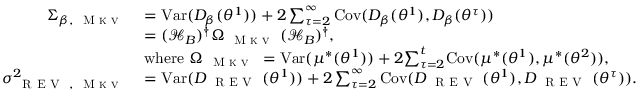
\begin{array} { r l } { \Sigma _ { \beta , { \small \textsc { { M k v } } } } } & { = { \operatorname { V a r } } ( D _ { \beta } ( \theta ^ { 1 } ) ) + 2 \sum _ { \tau = 2 } ^ { \infty } { \operatorname { C o v } } ( D _ { \beta } ( \theta ^ { 1 } ) , D _ { \beta } ( \theta ^ { \tau } ) ) } \\ & { = ( { \mathcal { H } } _ { B } ) ^ { \dagger } \Omega _ { { \small \textsc { { M k v } } } } ( { \mathcal { H } } _ { B } ) ^ { \dagger } , } \\ & { \mathrm { w h e r e ~ } \Omega _ { { \small \textsc { { M k v } } } } = { \operatorname { V a r } } ( { \mu ^ { * } } ( \theta ^ { 1 } ) ) + 2 { \sum _ { \tau = 2 } ^ { t } } { \operatorname { C o v } } ( { \mu ^ { * } } ( { \theta ^ { 1 } } ) , { \mu ^ { * } } ( { \theta ^ { 2 } } ) ) , } \\ { \sigma _ { { \small \textsc { { R E V } } } , { \small \textsc { { M k v } } } } ^ { 2 } } & { = { \operatorname { V a r } } ( D _ { \small \textsc { { R E V } } } ( \theta ^ { 1 } ) ) + 2 \sum _ { \tau = 2 } ^ { \infty } { \operatorname { C o v } } ( D _ { \small \textsc { { R E V } } } ( \theta ^ { 1 } ) , D _ { \small \textsc { { R E V } } } ( \theta ^ { \tau } ) ) . } \end{array}